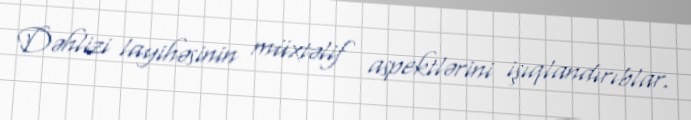
Dəhlizi layihəsinin müxtəlif aspektlərini işıqlandırıblar.